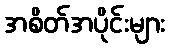
အစိတ်အပိုင်းများ